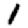
Digit: 1